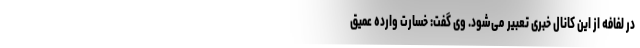
در لفافه از این کانال خبری تعبیر می‌شود. وی گفت: خسارت وارده عمیق